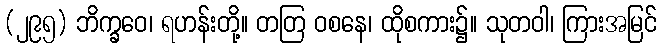
(၂၉၅) ဘိက္ခဝေ၊ ရဟန်းတို့။ တတြ ဝစနေ၊ ထိုစကား၌။ သုတဝါ၊ ကြားအမြင်